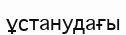
ұстанудағы